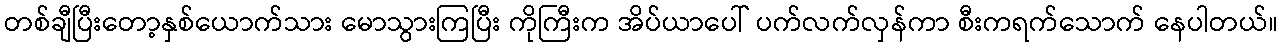
တစ်ချီပြီးတော့နှစ်ယောက်သား မောသွားကြပြီး ကိုကြီးက အိပ်ယာပေါ် ပက်လက်လှန်ကာ စီးကရက်သောက် နေပါတယ်။